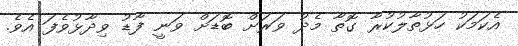
އެކަމަކު ހަޅުތާލުކުރާ ގޮތާ މެދު ވަރަށް ބޮޑަށް ވަނީ ފާޑު ވިދާޅުވެފަ އެވެ.